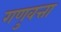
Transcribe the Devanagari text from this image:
गणुवत्ता